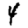
Digit: 4